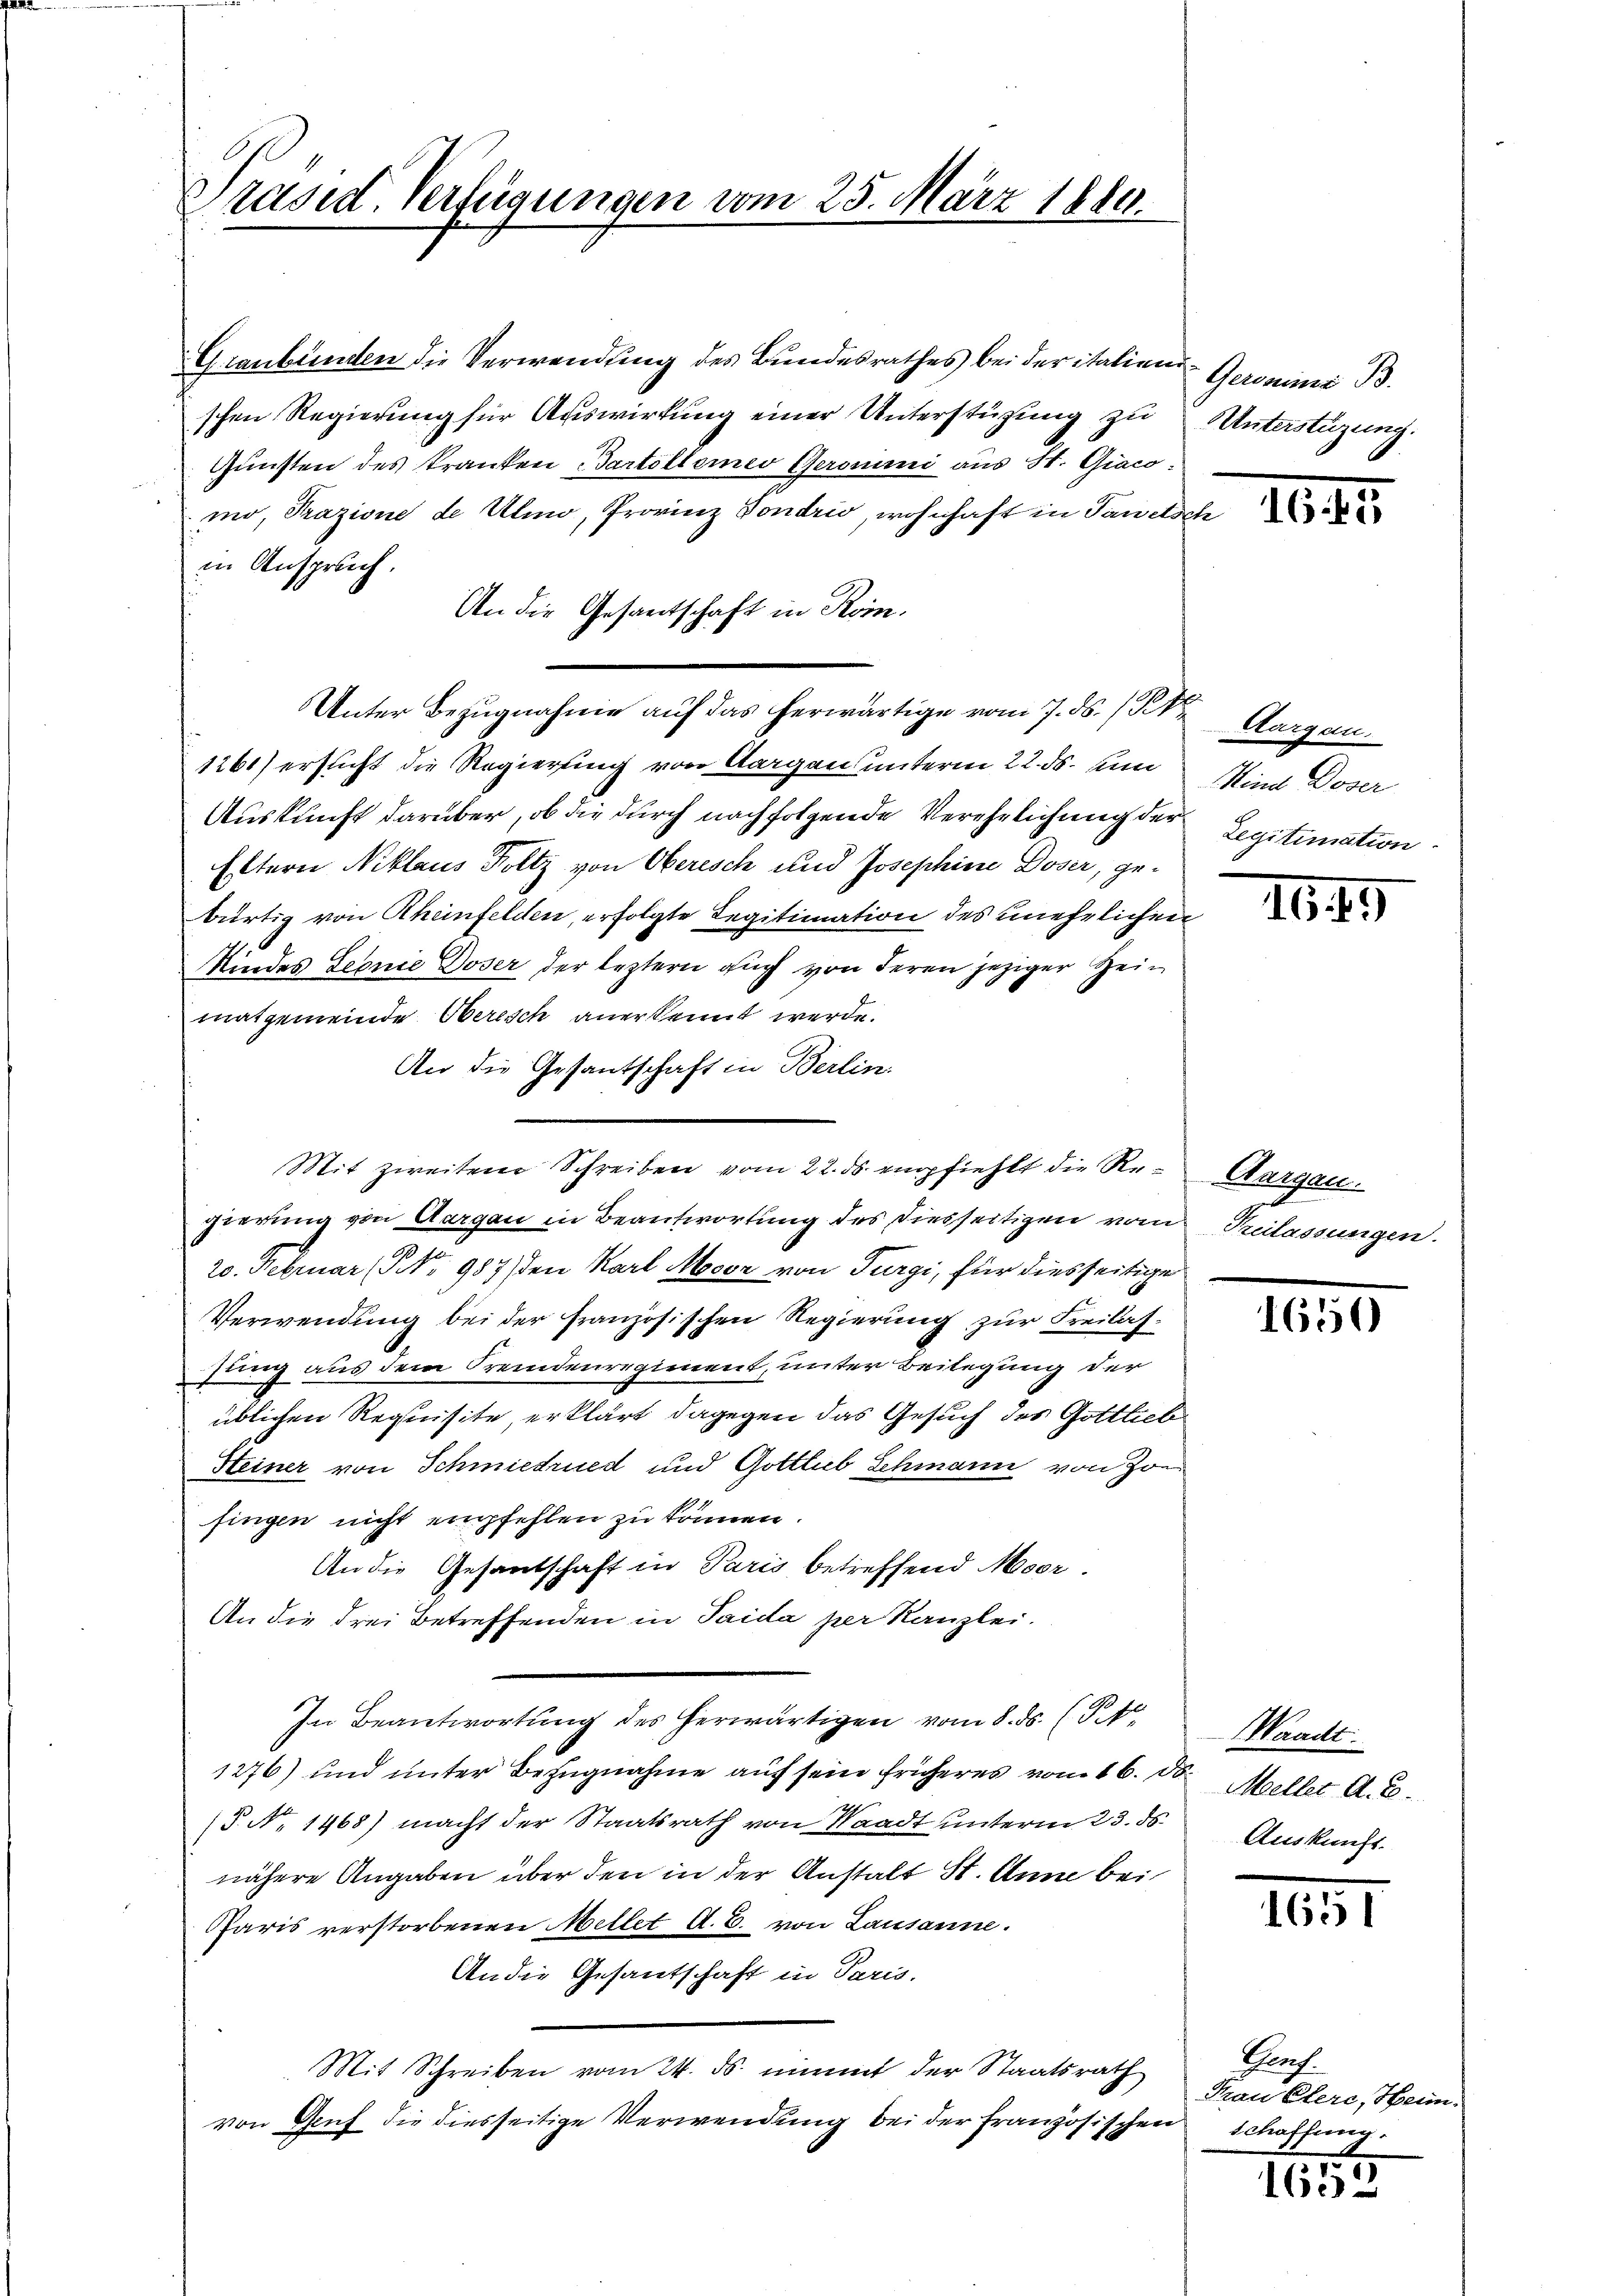
Präsid Verfügungen vom 25. März 1884.

Graubünden die Verwendung des Bundesrathes bei der italien
schen Regierung für Auswirkung einer Unterstüzung zu
Gunsten des Kranken Gartelleines Geronini aus St. Giacomo, Prazione de Ulmo, Provinz Vondrio, wohnhaft in Tawetder
in Anspruch.
An die Gesantschaft in Rom.
Unter Bezugnahme auf das herwärtige vom 7. ds. 1 Pk
1261) ersucht die Regierung von Aargau unterm 22. ds. sum
Auskunft darüber, ob die durch nachfolgende Verehelichung der Legitimation
Eltern Niklaus Holtz von Oberisch und Josephine Doser, ge-
bürtig von Rheinfelden, erfolgte Legitimation des unehrlichen
Kindes Leonie Doser der leztern auch von deren jeziger Heimatgemeinde Oberisch anerkennt werde.
An die Gesantschaft in Berlin.
gierung von Aargau in Beantwortung des Diesseitigen vom
20. Februar (NNNo 987 den Karl Moor von Turgi, für diesseitige
Verwendung bei der französischen Regierung zur Freilassung aus dem Fremdenregiment, unter Beilegung der
üblichen Requisite, erklärt dagegen das Gesuch des Gottlieb
Steiner von Schmiedrued und Gottlub Schmann von Zor
fingen nicht empfehlen zu können.
An die Gesantschaft in Paris betreffend Moser.
An die drei Betreffenden in Saida per Kanzlei.
In Beantwortung des herwärtigen vom 8. ds. (T.10
1276) und unter Bezugnahme auf sein früheres vom 16. d.
§. No 1468) macht der Staatsrath von Waadt unterm 23. ds.
nähere Angaben über den in der Anstalt St. Anne bei
Paris verstorbenen Mellet A. E. von Lausanne.
An die Gesantschaft in Paris.
Mit Schreiben vom 24. ds. nimmt der Staatsrath
von Genf die diesseitige Verwendung bei der französischen

Mit zweiten Schreiben vom 22. ds. empfiehlt die Re¬

Geronimi B.
Unterstüzung.

c

1645

Aargau.
Kind Doser

1649

Aargau.
Treilassungen.

1650

Waadt.
Meller A. B.
Auskunft.

1831

Prof.
Frau Clere, Heim.
schaffung.

165